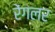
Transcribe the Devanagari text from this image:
रेंगलर